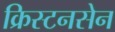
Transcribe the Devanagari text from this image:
क्रिस्टनसेन